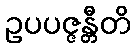
ဥပပဇ္ဇန္တီတိ